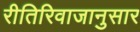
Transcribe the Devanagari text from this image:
रीतिरिवाजानुसार